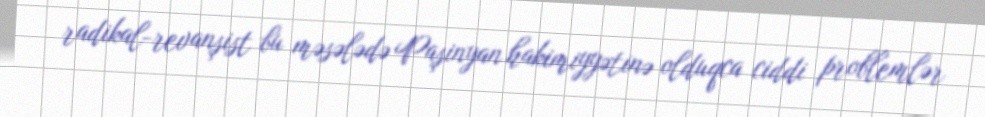
radikal-revanşist bu məsələdə Paşinyan hakimiyyətinə olduqca ciddi problemlər